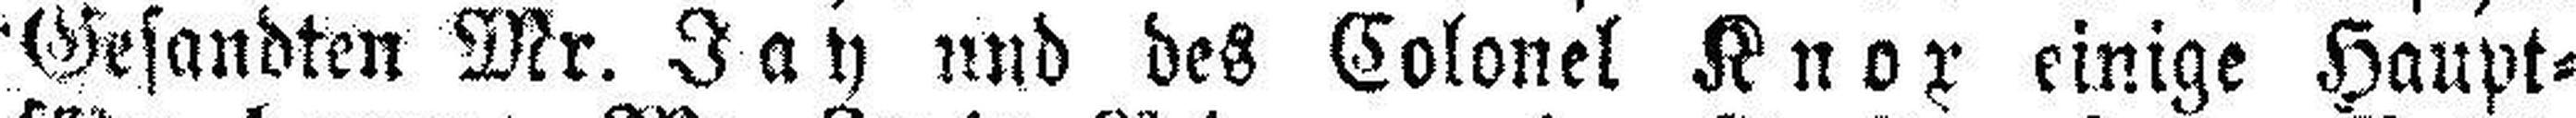
Gesandten Mr. Jay und des Colonel Knox einige Haupt¬